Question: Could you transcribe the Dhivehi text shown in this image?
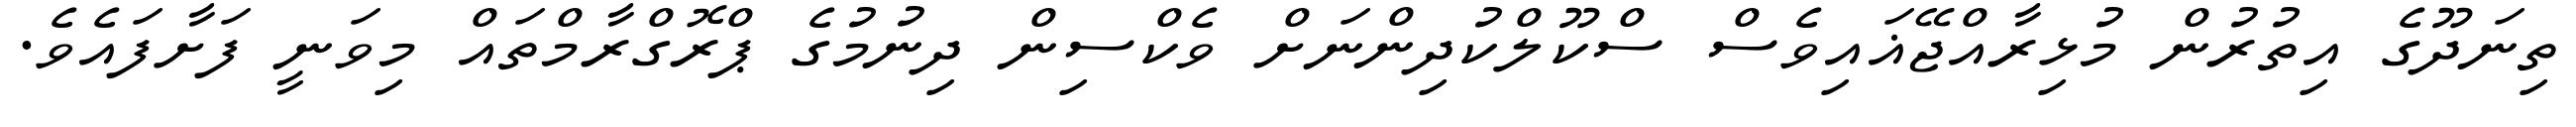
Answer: ތިނަދޫގެ އިތުރުން މުޅިރާއްޖޭޣައިވެސް ސްކޫލްކުދިންނަށް ވެކްސިން ދިނުމުގެ ޕްރޮގްރާމްތައް މިވަނީ ފަށާފައެވެ.